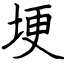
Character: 埂